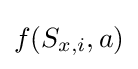
f(S_{x,i},a)